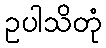
ဥပါသိတုံ